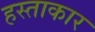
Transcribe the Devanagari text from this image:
हस्ताकार